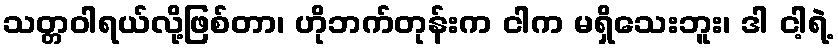
သတ္တဝါရယ်လို့ဖြစ်တာ၊ ဟိုဘက်တုန်းက ငါက မရှိသေးဘူး၊ ဒါ ငါ့ရဲ့